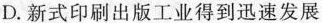
D.新式印刷出版工业得到迅速发展